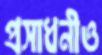
প্রসাধনীও